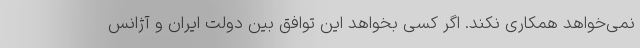
نمی‌خواهد همکاری نکند. اگر کسی بخواهد این توافق بین دولت ایران و آژانس